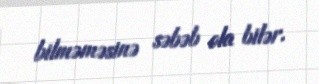
bilməməsinə səbəb ola bilər.